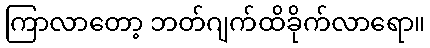
ကြာလာတော့ ဘတ်ဂျက်ထိခိုက်လာရော။